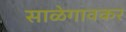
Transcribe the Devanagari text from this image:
साळेगावकर